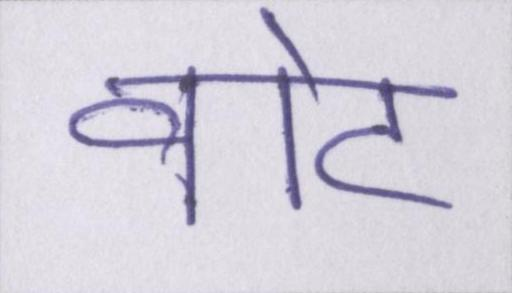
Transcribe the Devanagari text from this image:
वोट